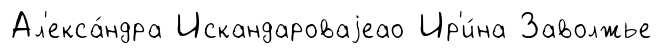
Ал'екса́ндра Искандароваjеао Ир'и́на Заволжье